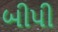
બીપી